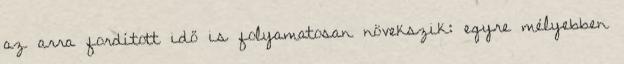
az arra fordított idő is folyamatosan növekszik: egyre mélyebben